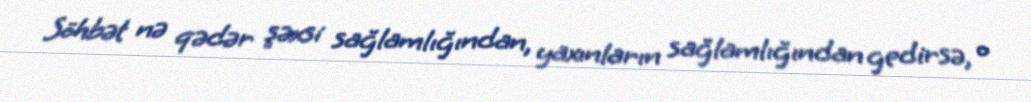
Söhbət nə qədər şəxsi sağlamlığından, yaxınların sağlamlığından gedirsə, o